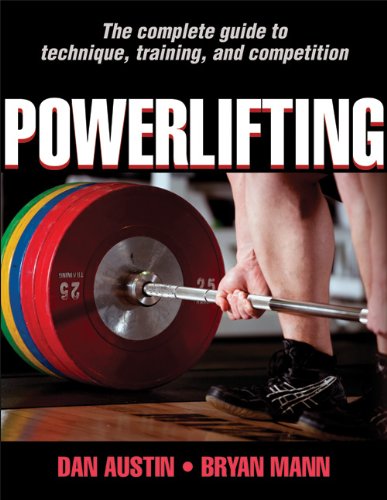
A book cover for Powerlifting; Dan Austin; Health, Fitness & Dieting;